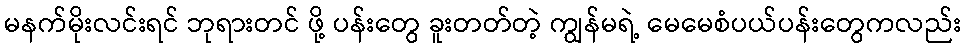
မနက်မိုးလင်းရင် ဘုရားတင် ဖို့ ပန်းတွေ ခူးတတ်တဲ့ ကျွန်မရဲ့ မေမေစံပယ်ပန်းတွေကလည်း